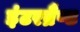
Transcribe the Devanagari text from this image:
इंटरब्रैण्ड